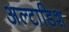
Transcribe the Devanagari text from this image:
अल्टाडिश